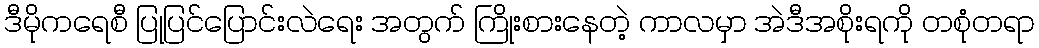
ဒီမိုကရေစီ ပြုပြင်ပြောင်းလဲရေး အတွက် ကြိုးစားနေတဲ့ ကာလမှာ အဲဒီအစိုးရကို တစုံတရာ